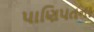
પાણિપતના